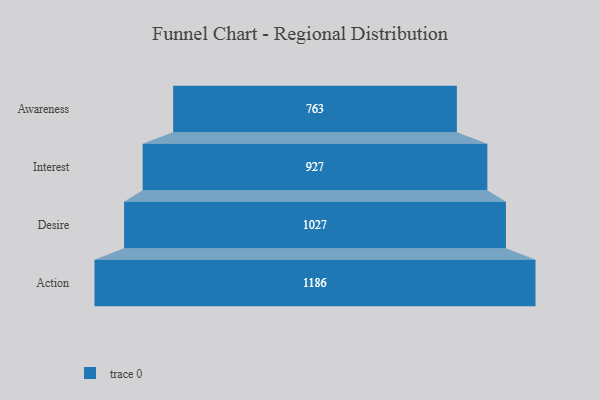
{"axis": {"x": "Stage", "y": "Value"}, "legend": [""], "data": [{"x": "Awareness", "y": 763.0, "type": ""}, {"x": "Interest", "y": 927.0, "type": ""}, {"x": "Desire", "y": 1027.0, "type": ""}, {"x": "Action", "y": 1186.0, "type": ""}]}